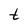
Character: t